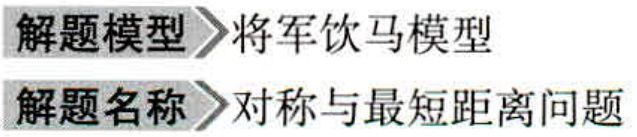
解题模型 \(\rhd\) 将军饮马模型

解题名称 \(\rhd\) 对称与最短距离问题